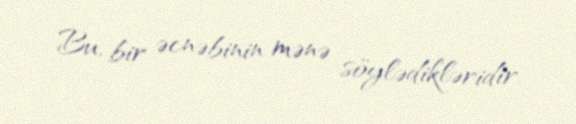
Bu, bir əcnəbinin mənə söylədikləridir.